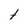
Character: t